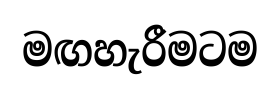
මඟහැරීමටම